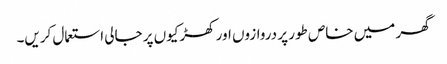
گھر میں خاص طور پر دروازوں اور کھڑکیوں پر جالی استعمال کریں۔